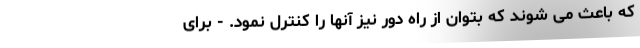
که باعث می شوند که بتوان از راه دور نیز آنها را کنترل نمود. - برای